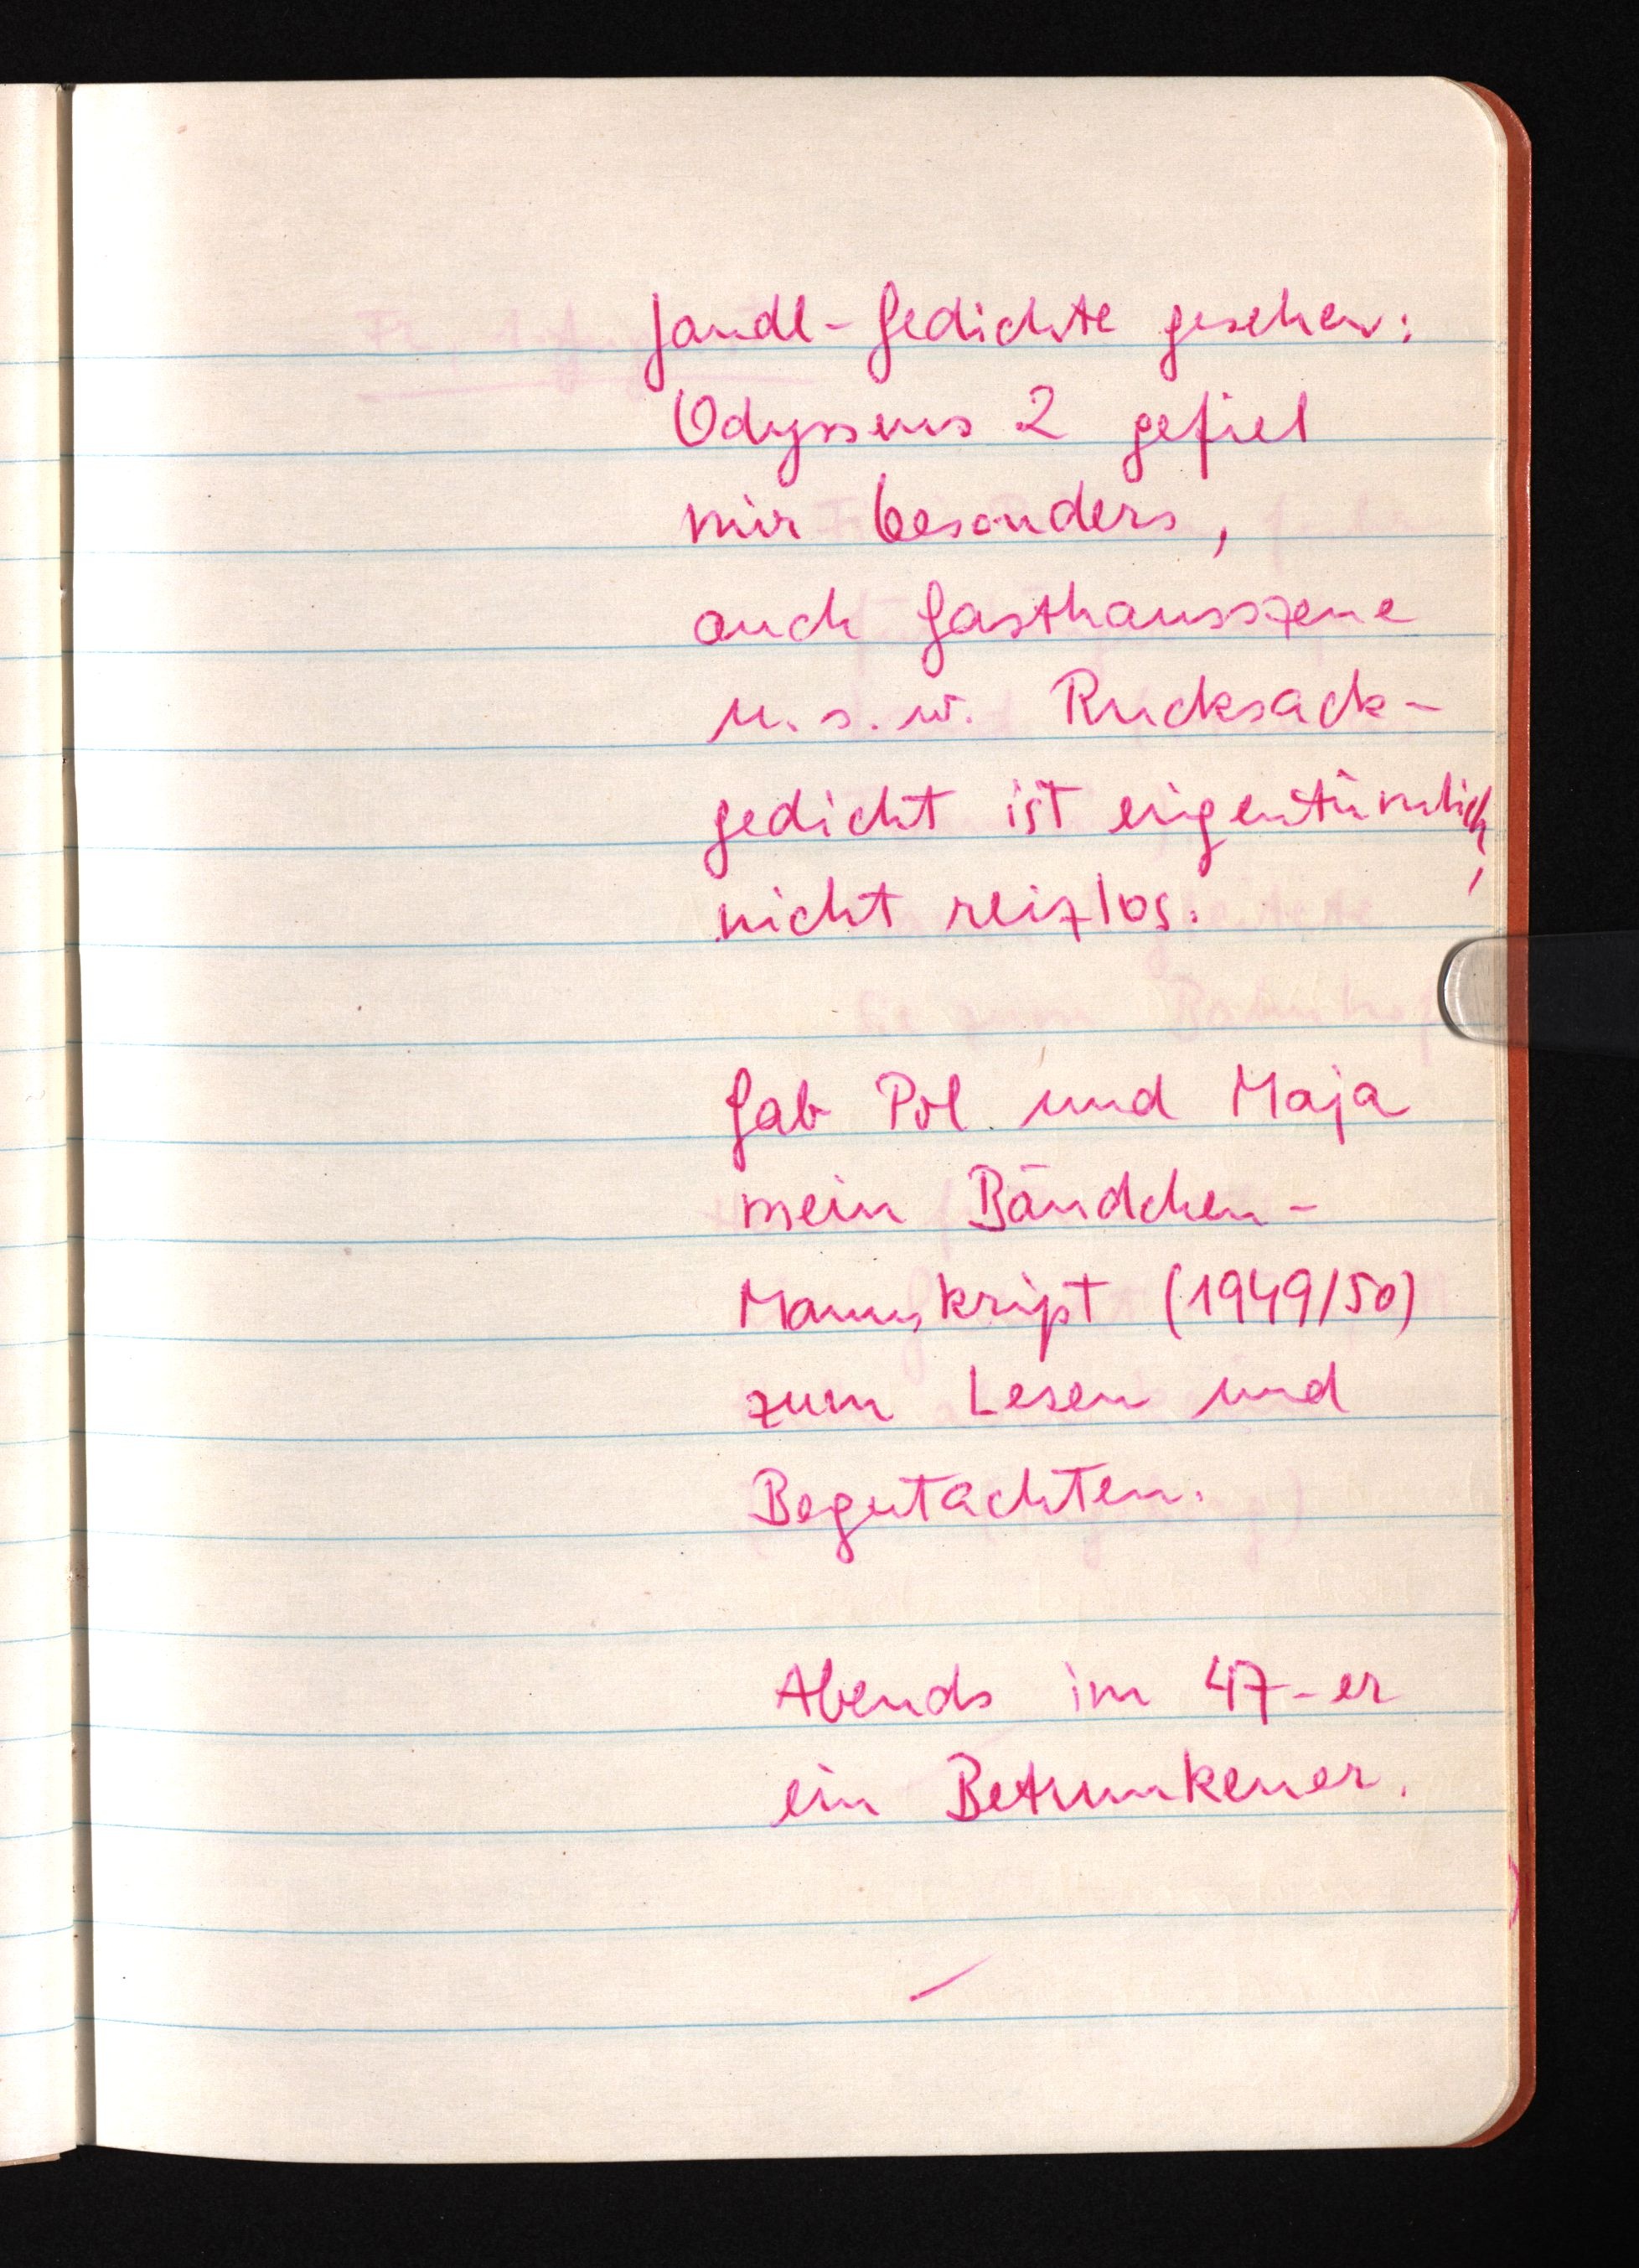
Jandl-Gedichte gesehen:
Odysseus 2 gefiel
mir besonders,
auch Gasthausszene
M. s. w. Rucksack¬
gedicht ist eigentümlich,
nicht reizlos.
Gab Pol und Maja
mein Bändchen-
Manuskript (1949/50)
zum Lesen und
Begutachten.
Abends im 47-er
ein Betrunkener.